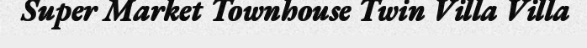
Super Market Townhouse Twin Villa Villa